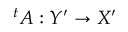
{ } ^ { t } A : Y ^ { \prime } \to X ^ { \prime }